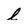
Character: l